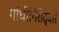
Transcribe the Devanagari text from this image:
गांधीगिरीद्वारे